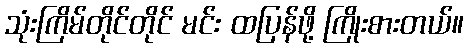
သုံးကြိမ်တိုင်တိုင် မင်း ထပြန်ဖို့ ကြိုးစားတယ်။